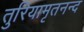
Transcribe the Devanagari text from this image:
तुरियामृतनन्द